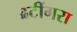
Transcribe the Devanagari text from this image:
ढटींगरा